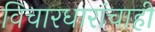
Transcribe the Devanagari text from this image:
विचारधारांचाही